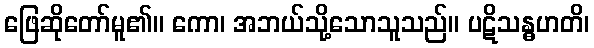
ဖြေဆိုတော်မူ၏။ ကော၊ အဘယ်သို့သောသူသည်။ ပဋိသန္ဓဟတိ၊